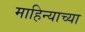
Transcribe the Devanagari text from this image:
माहिन्याच्या